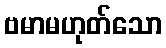
ဗမာမဟုတ်သော